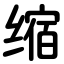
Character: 缩